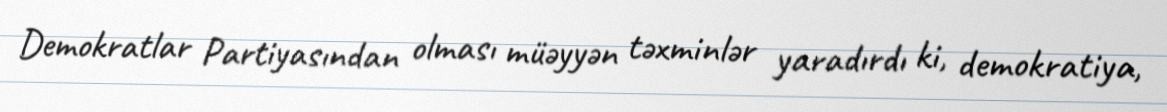
Demokratlar Partiyasından olması müəyyən təxminlər yaradırdı ki, demokratiya,